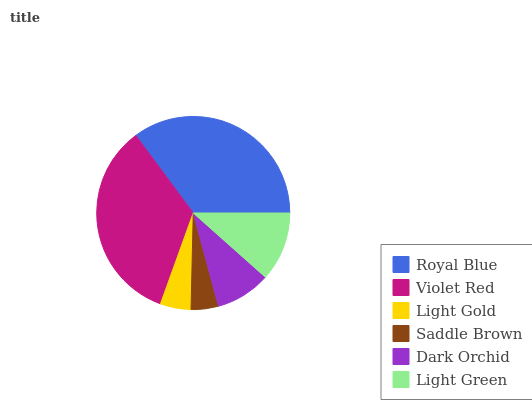
| Royal Blue | Violet Red | Light Gold | Saddle Brown | Dark Orchid | Light Green |
 | --- | --- | --- | --- | --- | --- |
 | 35.2% | 34.4% | 5.14% | 4.58% | 9.21% | 11.6% |